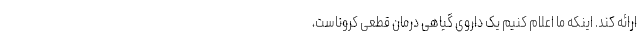
ارائه کند. اینکه ما اعلام کنیم یک داروی گیاهی درمان قطعی کروناست،